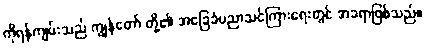
ကိုရန်ကျမ်းသည် ကျွန်တော် တို့၏ အခြေခံပညာသင်ကြားရေးတွင် အခရာဖြစ်သည်။